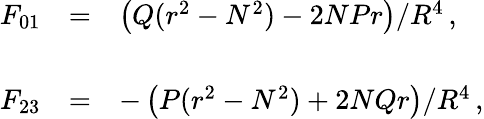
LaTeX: \begin{array}{rcl}{{F_{01}}}&{{=}}&{{\left(Q(r^{2}-N^{2})-2NPr\right)/R^{4}\, ,}}\\ {{}}&{{}}&{{}}\\ {{F_{23}}}&{{=}}&{{-\left(P(r^{2}-N^{2})+2NQr\right)/R^{4}\, ,}}\end{array}